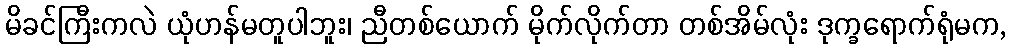
မိခင်ကြီးကလဲ ယုံဟန်မတူပါဘူး၊ ညီတစ်ယောက် မိုက်လိုက်တာ တစ်အိမ်လုံး ဒုက္ခရောက်ရုံမက,